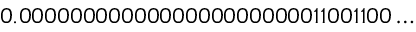
0 . 0 0 0 0 0 0 0 0 0 0 0 0 0 0 0 0 0 0 0 0 0 0 0 1 1 0 0 1 1 0 0 \ldots